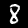
Digit: 8